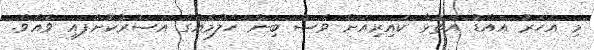
މި އަހަރު އައްޑު އަތޮޅާ ކައިރިއަށް ވެސް ބިން ހެލުމެއްގެ އަސަރުކޮށްފައި ވެއެވެ.